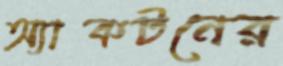
অ্যাকটনের